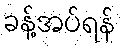
ခန့်အပ်ရန်